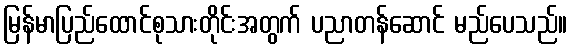
မြန်မာပြည်ထောင်စုသားတိုင်းအတွက် ပညာတန်ဆောင် မည်ပေသည်။